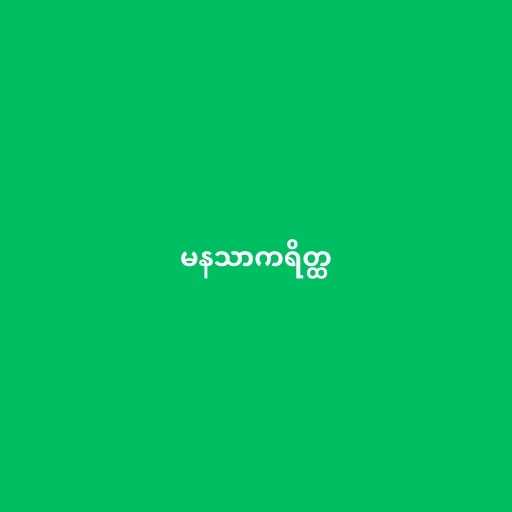
မနသာကရိတ္ထ